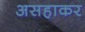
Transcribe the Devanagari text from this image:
असहाकर